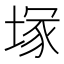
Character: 塚